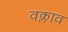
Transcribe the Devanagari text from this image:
वक्लाव